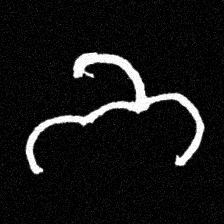
Pyu character \u2014 Myanmar letter: ဘ (romanized: bha)